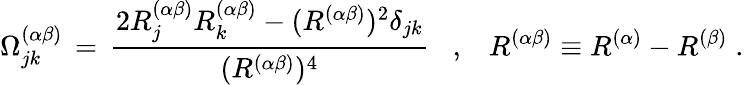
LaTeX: \Omega_{jk}^{(\alpha\beta)}\, =\, \frac{2R_{j}^{(\alpha\beta)}R_{k}^{(\alpha\beta)}-(R^{(\alpha\beta)})^{2}\delta_{jk}}{(R^{(\alpha\beta)})^{4}}\; \; \; ,\; \; \; R^{(\alpha\beta)}\equiv R^{(\alpha)}-R^{(\beta)}\; .